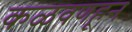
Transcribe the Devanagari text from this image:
कळवणहून